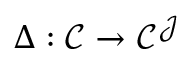
\Delta : { \mathcal { C } } \to { \mathcal { C } } ^ { \mathcal { J } }